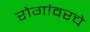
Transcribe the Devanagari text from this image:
रोगांवरचे